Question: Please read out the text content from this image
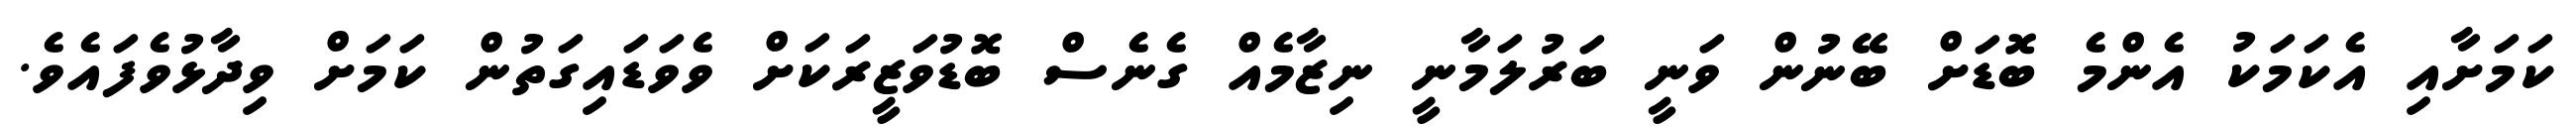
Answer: ކަމަށާއި އެކަމަކު އެންމެ ބޮޑަށް ބޭނުން ވަނީ ބަރުލަމާނީ ނިޒާމެއް ގެނެސް ބޮޑުވަޒީރަކަށް ވެވަޑައިގަތުން ކަމަށް ވިދާޅުވެފައެވެ.